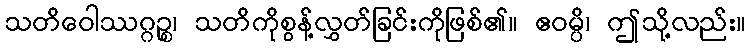
သတိဝေါဿဂ္ဂဉ္စ၊ သတိကိုစွန့်လွှတ်ခြင်းကိုဖြစ်၏။ ဧဝမ္ပိ၊ ဤသို့လည်း။